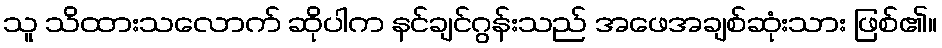
သူ သိထားသလောက် ဆိုပါက နင်ချင်ဂွန်းသည် အဖေအချစ်ဆုံးသား ဖြစ်၏။